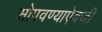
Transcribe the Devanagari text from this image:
सोपवण्याऐवजी